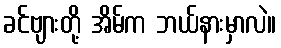
ခင်ဗျားတို့ အိမ်က ဘယ်နားမှာလဲ။